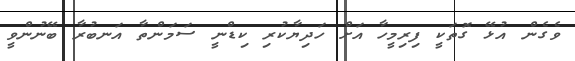
ވެގެން އުޅޭ ގޮތަކީ ފިރިމީހާ އަށް ހަދިޔާކުރި ކިޑްނީ ސަމަންތާ އަނބުރާ ބޭނުންވީ